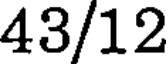
43/12